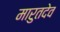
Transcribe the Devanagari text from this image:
मारुतदेव